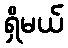
ရှိမယ်